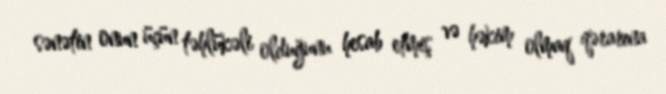
sənətin onun üçün təhlükəli olduğunu hesab etmiş və həkim olmaq qərarına